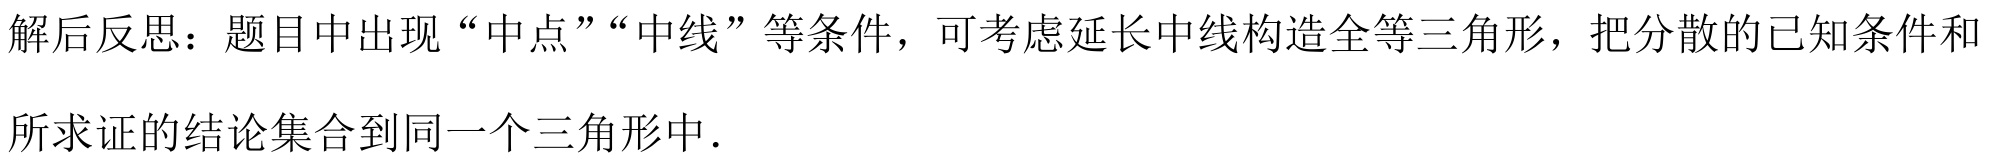
解后反思：题目中出现“中点”“中线”等条件，可考虑延长中线构造全等三角形，把分散的已知条件和\\
所求证的结论集合到同一个三角形中．